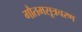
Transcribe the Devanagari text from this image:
गौतमसूत्रचरण